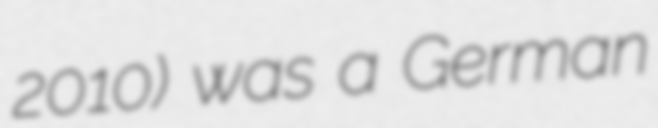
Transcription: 2010) was a German